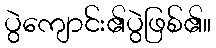
ပွဲကျောင်း၏ပွဲဖြစ်၏။